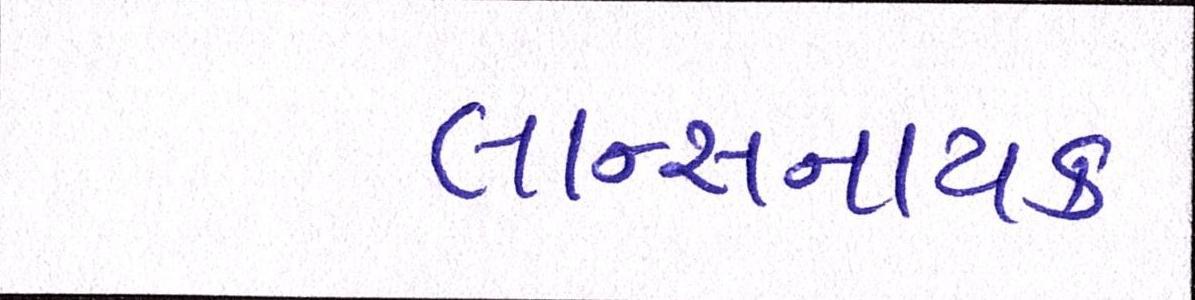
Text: લાન્સનાયક